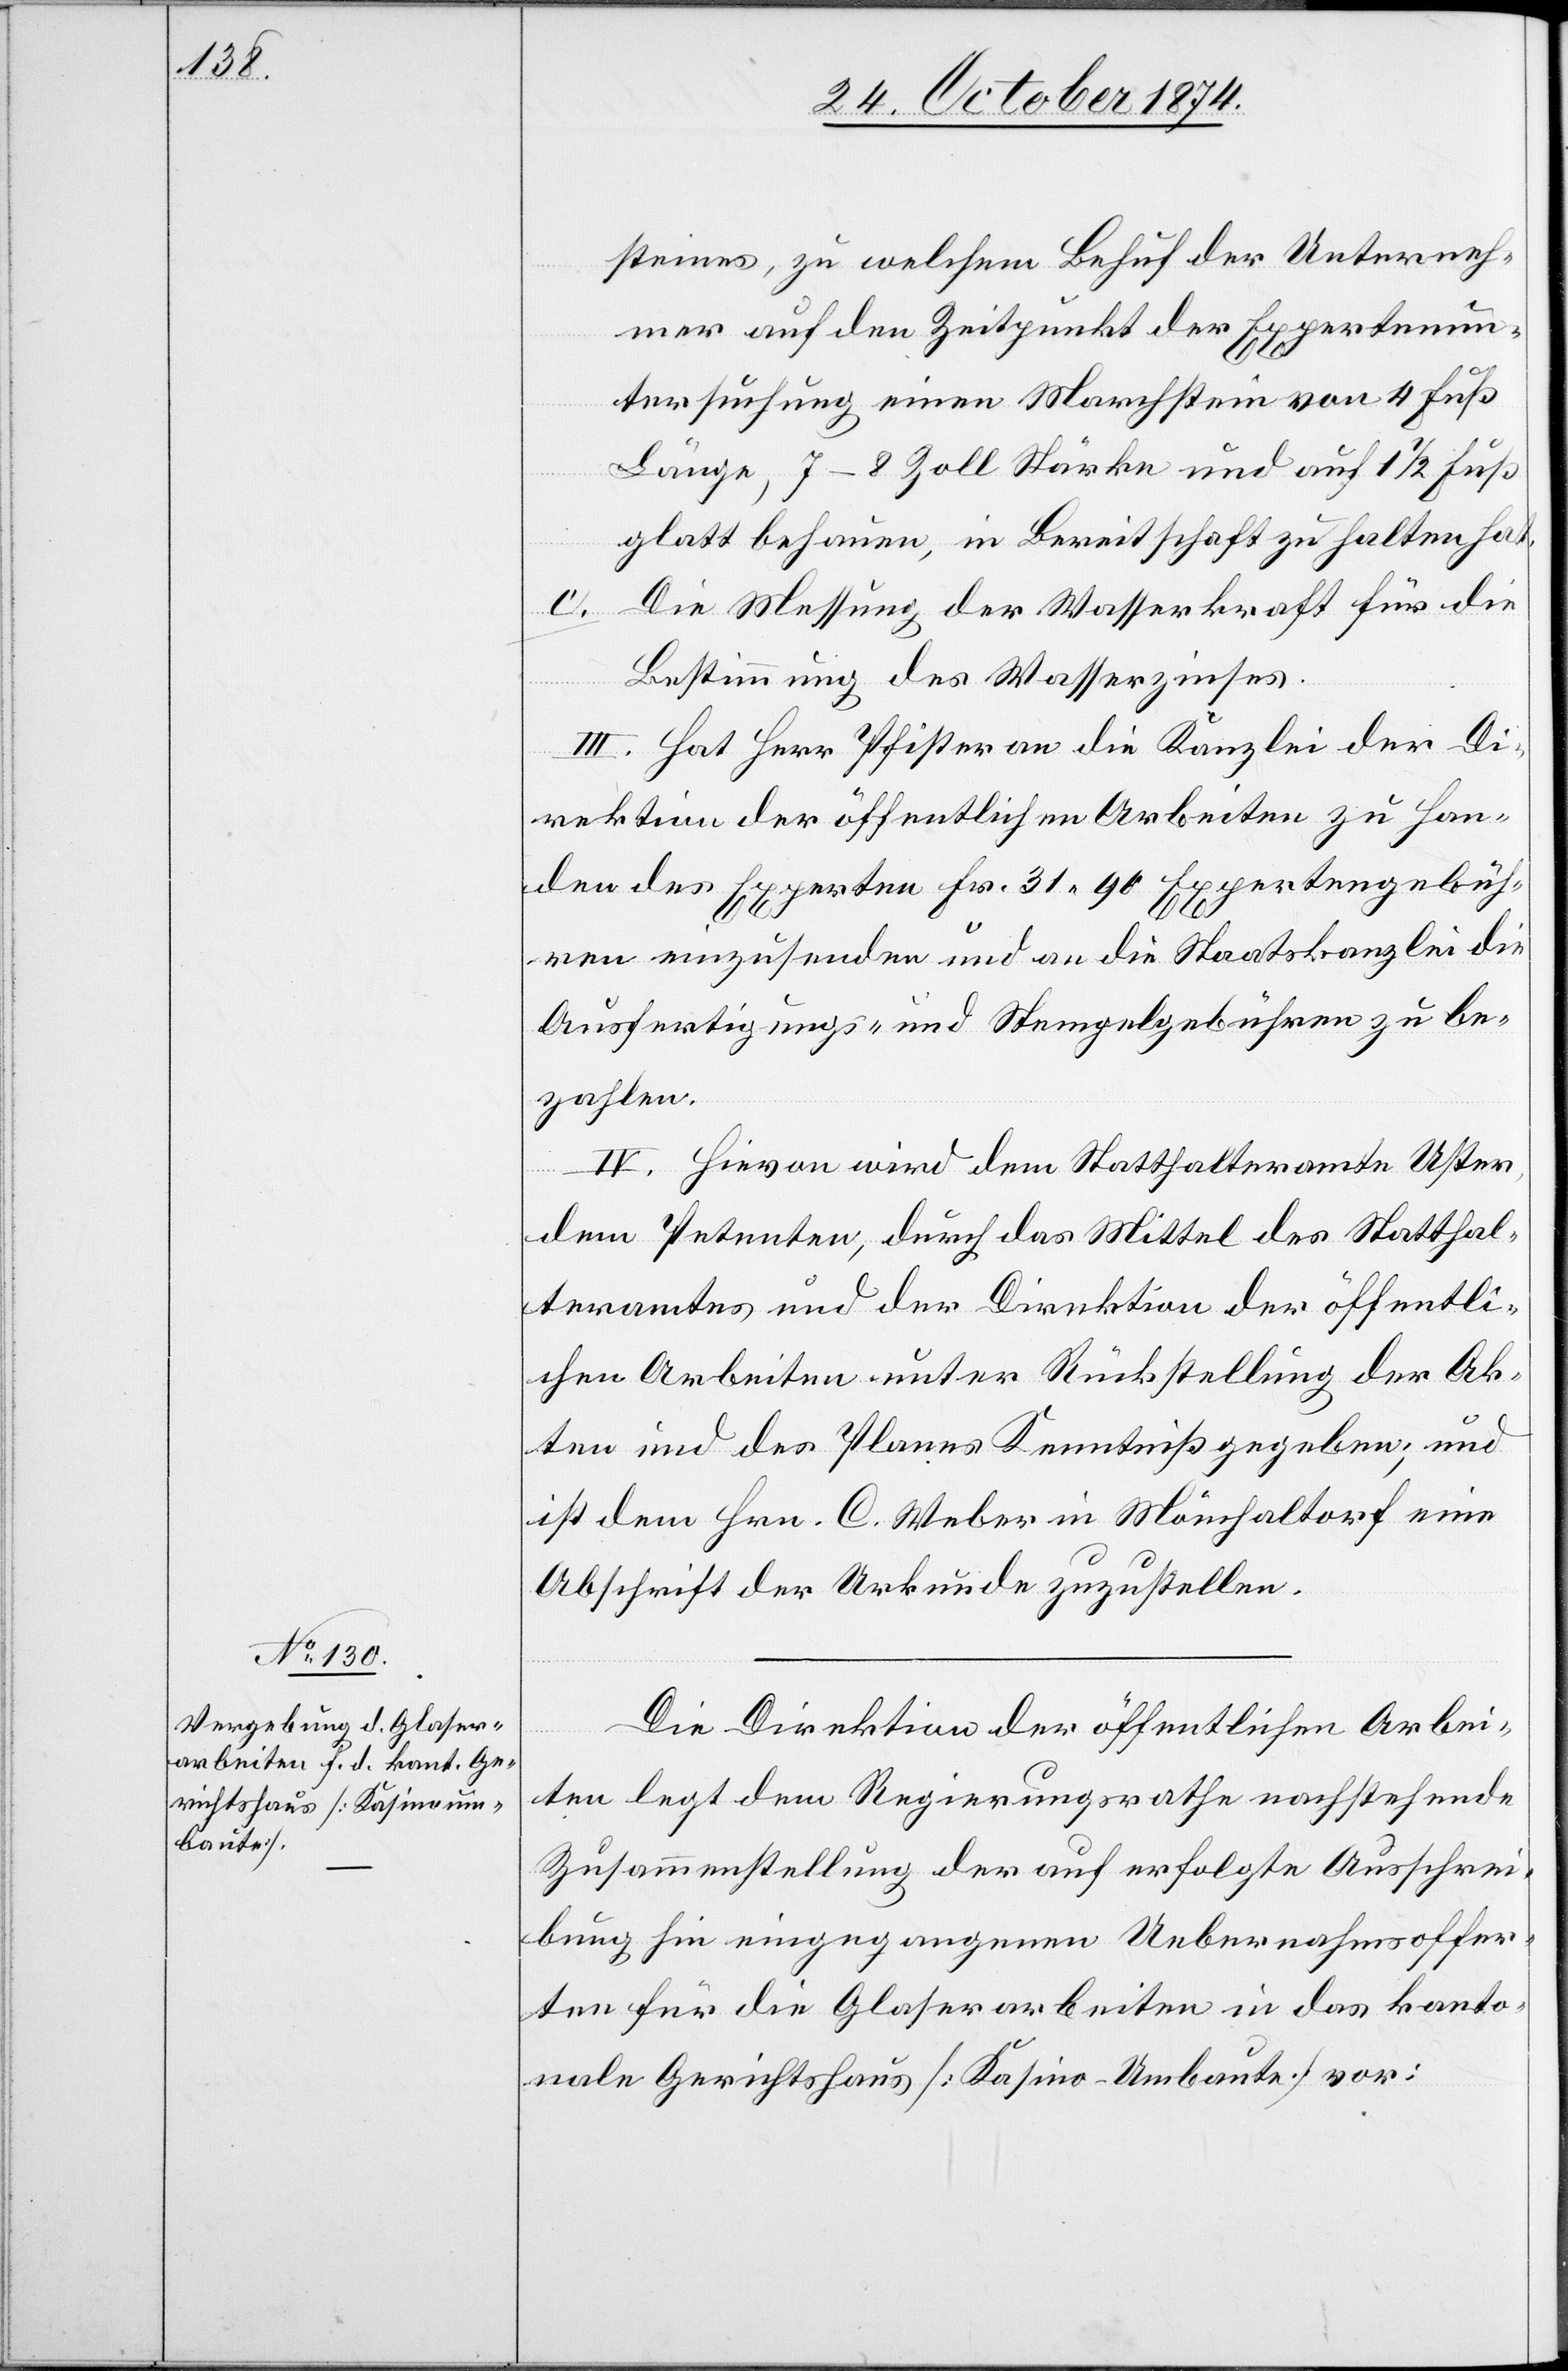
steines, zu welchem Behuf der Unterneh¬
mer auf den Zeitpunkt der Expertenun¬
tersuchung einen Marchstein von 4 Fuß
glatt behauen, in Bereitschaft zu halten hat.
c. Die Messung der Wasserkraft für die
Bestimmung des Wasserzinses.
III. Hat Herr Pfister an die Kanzlei der Di¬
rektion der öffentlichen Arbeiten zu Han¬
den des Experten Fr. 31.90 Expertengebüh¬
ren einzusenden und an die Staatskanzlei die
Ausfertigungs- und Stempelgebühren zu be¬
zahlen.
IV. Hievon wird dem Statthalteramte Uster,
dem Petenten, durch das Mittel des Statthal¬
teramtes und der Direktion der öffentli¬
chen Arbeiten unter Rückstellung der Ak¬
ten und des Planes Kenntniß gegeben; und
ist dem Hrn. C. Weber in Mönchaltorf eine
Abschrift der Urkunde zuzustellen.
Die Direktion der öffentlichen Arbei¬
ten legt dem Regierungsrathe nachstehende
Zusammenstellung der auf erfolgte Ausschrei¬
bung hin eingegangenen Uebernahmsoffer¬
ten für die Glasarbeiten in das kanto¬
nale Gerichtshaus [Kasino-Umbaute] vor: